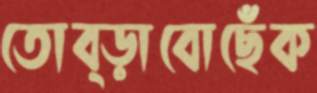
তোব্‌ড়াবোছেঁক